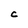
Character: C